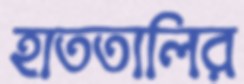
হাততালির